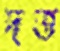
দত্ত